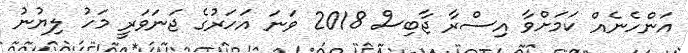
އަންހެނެއް ކަމަށްވާ އިސްރާ ޖާބިސް 2018 ވަނަ އަހަރުގެ ޖަނަވަރީ މަހު ލިޔުނު